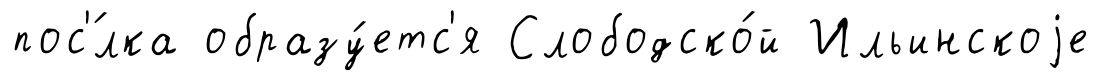
пос'́лка образу́етс'я Слободско́й Ильинскоjе